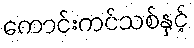
ကောင်းကင်သစ်နှင့်